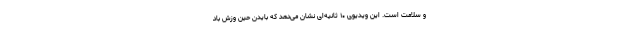
و سلامت است. این ویدیوی ۱۰ ثانیه‌ای نشان می‌دهد که بایدن حین وزش باد